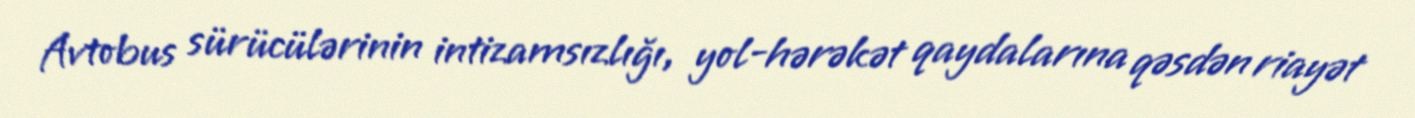
Avtobus sürücülərinin intizamsızlığı, yol-hərəkət qaydalarına qəsdən riayət